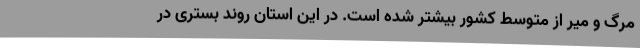
مرگ و میر از متوسط کشور بیشتر شده است. در این استان روند بستری در